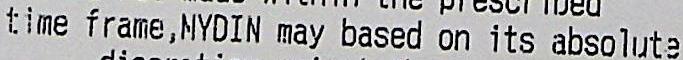
TIME FRAME, MYDIN MAY BASED ON ITS ABSOLUTE